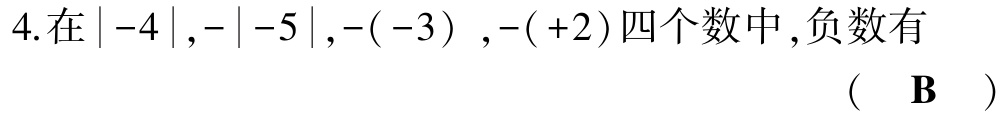
4.在\(\vert -4\vert,-\vert -5\vert,-(-3),-(+2)\)四个数中,负数有  （  \(\mathbf{B}\)  ）